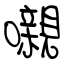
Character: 嚫